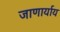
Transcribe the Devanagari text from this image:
जाणार्याय